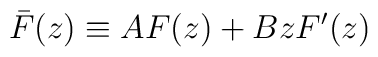
\bar F(z)\equiv AF(z)+BzF'(z)